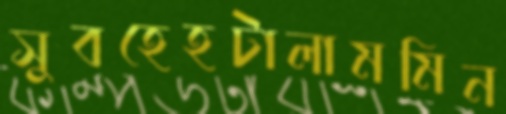
সুবহেহটালামমিন